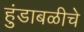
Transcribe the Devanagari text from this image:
हुंडाबळीचे